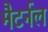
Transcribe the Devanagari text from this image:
मैटर्नल